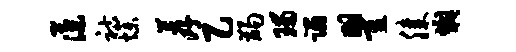
藻祜燥荐乙蠲瑙蹋瞿膝燠